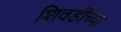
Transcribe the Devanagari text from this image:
शिवडीच्या